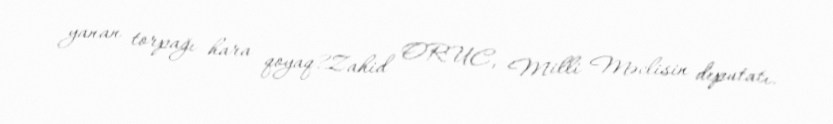
yanan torpağı hara qoyaq?Zahid ORUC, Milli Məclisin deputatı.